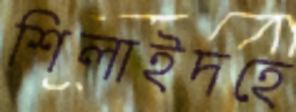
শিলাইদহে